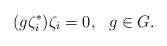
LaTeX: \begin{align*}(g\zeta^*_i)\zeta_i = 0, \ \ g \in G.\end{align*}